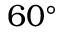
6 0 ^ { \circ }